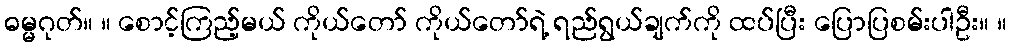
ဓမ္မဂုတ်။ ။ စောင့်ကြည့်မယ် ကိုယ်တော် ကိုယ်တော်ရဲ့ ရည်ရွယ်ချက်ကို ထပ်ပြီး ပြောပြစမ်းပါဦး။ ။